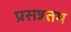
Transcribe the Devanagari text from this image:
प्रसन्नतम